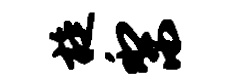
旋梨